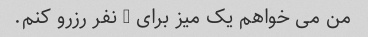
من می خواهم یک میز برای 2 نفر رزرو کنم.